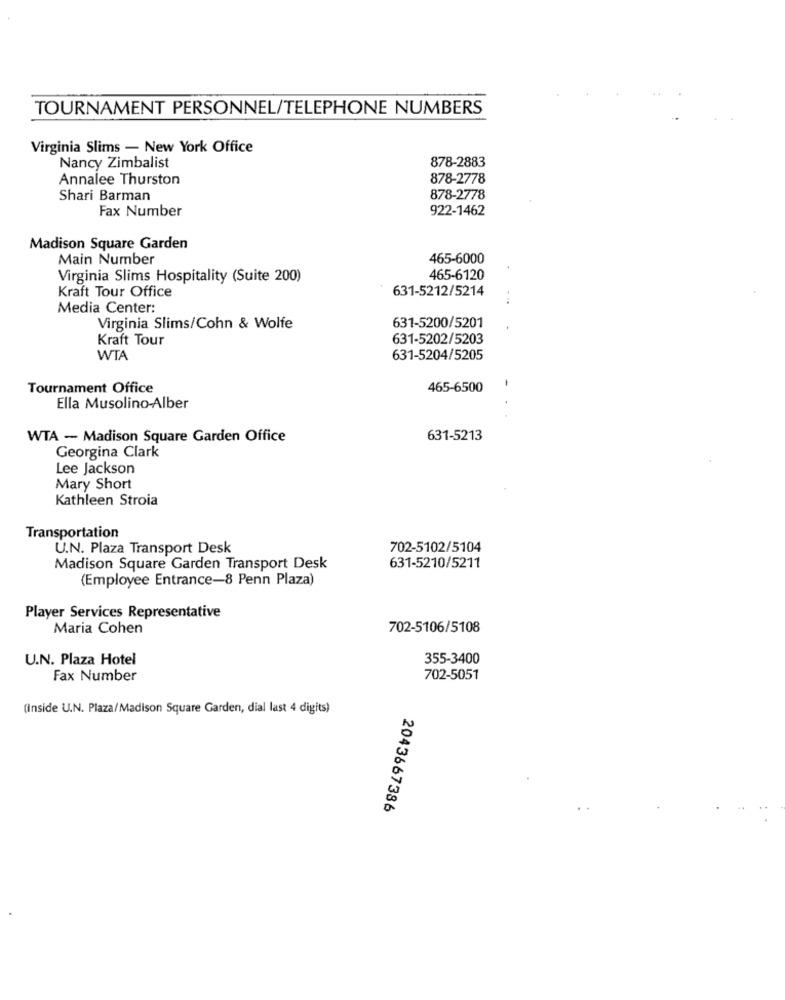
TOURNAMENT PERSONNEL/TELEPHONE NUMBERS
Virginia Slims - New York Office
Nancy Zimbalist
878-2883
Annalee Thurston
878-2778
Shari Barman
878-2778
Fax Number
922-1462
Madison Square Garden
Main Number
465-6000
Virginia Slims Hospitality (Suite 200)
465-6120
Kraft Tour Office
631-5212/5214
Media Center:
631-5200/5201
Virginia Slims/Cohn & Wolfe
Kraft Tour
631-5202/5203
WTA
631-5204/5205
Tournament Office
465-6500
-
Ella Musolino-Alber
WTA - Madison Square Garden Office
631-5213
Georgina Clark
Lee Jackson
Mary Short
Kathleen Stroia
Transportation
U.N. Plaza Transport Desk
702-5102/5104
Madison Square Garden Transport Desk
631-5210/5211
(Employee Entrance-8 Penn Plaza)
Player Services Representative
Maria Cohen
702-5106/5108
U.N. Plaza Hotel
355-3400
Fax Number
702-5051
(Inside U.N. Plaza/Madison Square Garden, dial last 4 digits)
2043667386